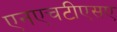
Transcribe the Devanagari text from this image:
एनएचटीएसए